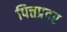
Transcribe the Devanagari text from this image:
पित्तप्रदर